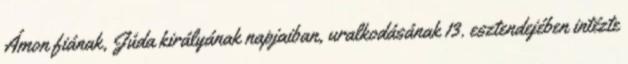
Ámon fiának, Júda királyának napjaiban, uralkodásának 13. esztendejében intézte